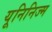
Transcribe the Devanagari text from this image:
यूनिनिज्म